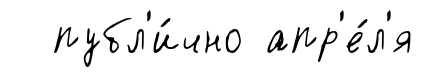
публ'и́чно апр'е́л'я